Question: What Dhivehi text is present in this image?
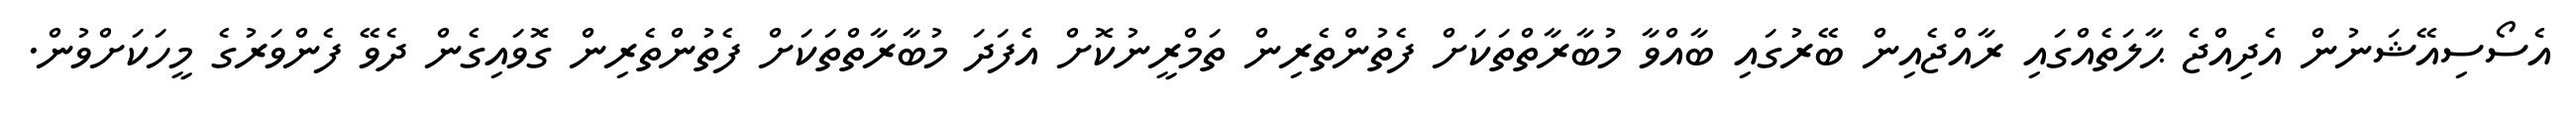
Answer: އެސޯސިއޭޝަނުން އެދިއްޖެ ޙާލަތެއްގައި ރާއްޖެއިން ބޭރުގައި ބާއްވާ މުބާރާތްތަކަށް ފެތުންތެރިން ތަމްރީނުކޮށް އެފަދަ މުބާރާތްތަކަށް ފެތުންތެރިން ގޮވައިގެން ދެވޭ ފެންވަރުގެ މީހަކަށްވުން.